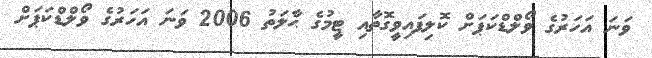
ވަނަ އަހަރުގެ ވޯލްޑްކަޕަށް ކޮލިފައިވީގޮތާއި ޓީމުގެ ޙާލަތު 2006 ވަނަ އަހަރުގެ ވޯލްޑްކަޕަށް